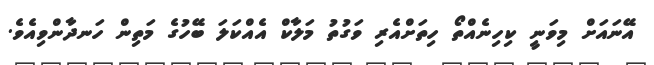
އޭނައަށް މިވަނީ ކިހިނެއްތޯ ހިތަށްއެރި ވަގުތު މަލާކް އެއްކަލަ ބޭހުގެ މަތިން ހަނދާންވިއެވެ.